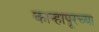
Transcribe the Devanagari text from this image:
कान्हापूरच्या